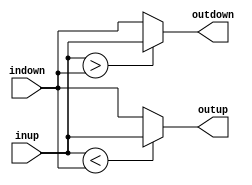
`default_nettype none

module comparator(input wire [31:0] inup, indown,
                  output wire [31:0] outup, outdown);

    assign outup = (inup < indown) ? inup : indown;
    assign outdown = (inup > indown) ? inup : indown;

endmodule

`default_nettype wire